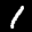
Label: 1